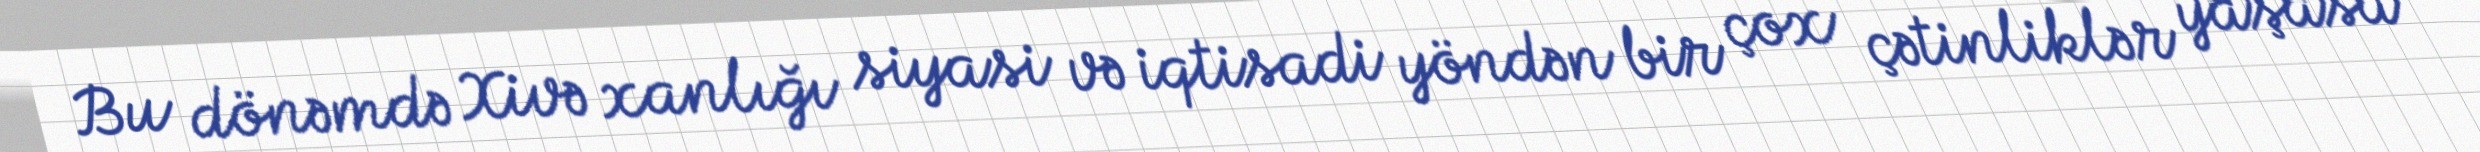
Bu dönəmdə Xivə xanlığı siyasi və iqtisadi yöndən bir çox çətinliklər yaşasa